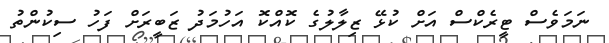
ނަމަވެސް ޓީރެކްސް އަށް ކުޅޭ ޒިލާލުގެ ކޮއްކޮ އަހުމަދު ޒަބީރަށް ފަހު ސިކުންތު